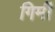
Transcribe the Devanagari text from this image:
गिर्मी